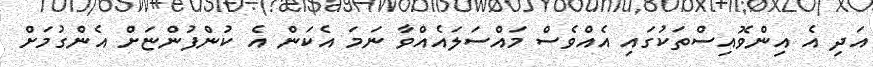
އަދި އެ އިންވޮއިސްތަކުގައި އެއްވެސް މައްސަލައެއްވާ ނަމަ އެކަން އެ ކުންފުންޏަށް އެންގުމަށް